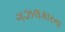
ગઝલકારના